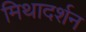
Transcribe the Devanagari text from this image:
मिथादर्शन